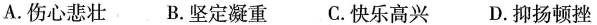
A.伤心悲壮 B.坚定凝重 C.快乐高兴 D.抑扬顿挫